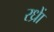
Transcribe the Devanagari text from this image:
रध्राें